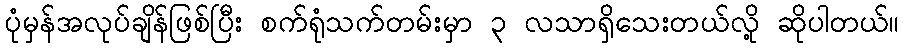
ပုံမှန်အလုပ်ချိန်ဖြစ်ပြီး စက်ရုံသက်တမ်းမှာ ၃ လသာရှိသေးတယ်လို့ ဆိုပါတယ်။